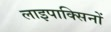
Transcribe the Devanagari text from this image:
लाइपाक्सिनों